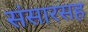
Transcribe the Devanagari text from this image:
संसारसह